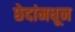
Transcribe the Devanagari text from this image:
छेदांमधून